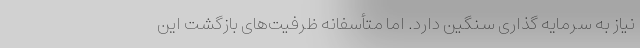
نیاز به سرمایه گذاری سنگین دارد. اما متأسفانه ظرفیت‌های بازگشت این